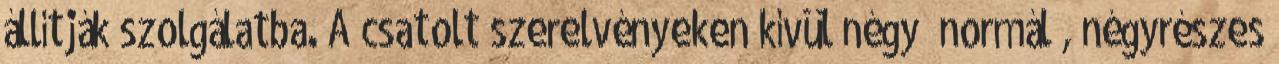
állítják szolgálatba. A csatolt szerelvényeken kívül négy „normál”, négyrészes